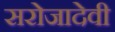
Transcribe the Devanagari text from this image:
सरोजादेवी